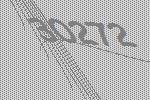
30272